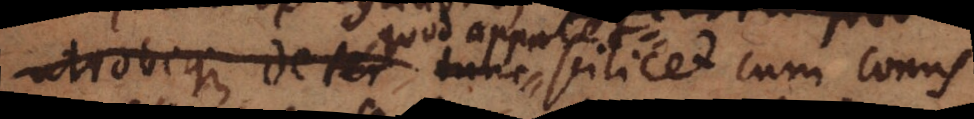
utrobique detur quod apparet tunc silicet cum conus